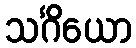
သင်္ဂိယော